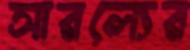
সারল্যের